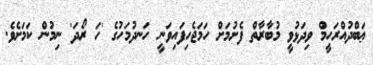
ޢަބްދުއްރަހީމް ވިދަޅުވީ މުބާރާތް ފެށުމަށް ހަމަޖެހިފައިވަނީ ހަނދުމަހުގެ 'ހަ ރޯދަ' ނިމުން ކަމަށެވެ.